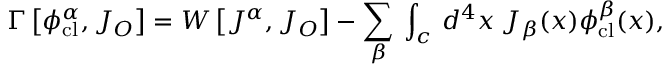
\Gamma \left[ \phi _ { \mathrm { c l } } ^ { \alpha } , J _ { O } \right] = W \left[ J ^ { \alpha } , J _ { O } \right] - \sum _ { \beta } \: \int _ { c } \: d ^ { 4 } x \: J _ { \beta } ( x ) \phi _ { \mathrm { c l } } ^ { \beta } ( x ) ,